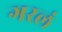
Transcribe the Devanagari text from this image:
गरलं